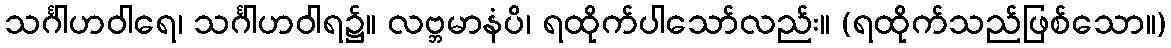
သင်္ဂါဟဝါရေ၊ သင်္ဂါဟဝါရ၌။ လဗ္ဘမာနံပိ၊ ရထိုက်ပါသော်လည်း။ (ရထိုက်သည်ဖြစ်သော။)